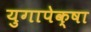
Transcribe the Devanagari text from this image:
युगापेक्षा